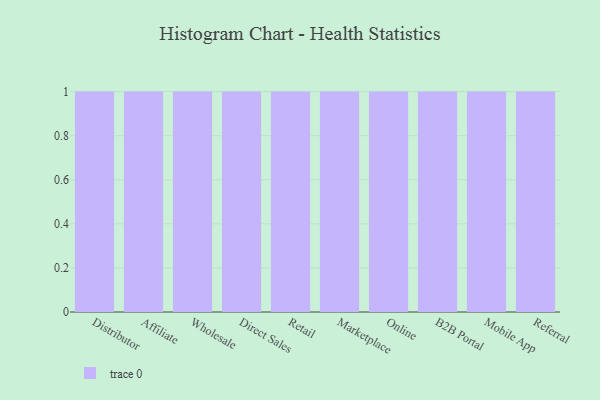
{"axis": {"x": "Channel", "y": "Bounce Rate (%)"}, "legend": [""], "data": [{"x": "Distributor", "y": 52, "type": ""}, {"x": "Affiliate", "y": 38, "type": ""}, {"x": "Wholesale", "y": 60, "type": ""}, {"x": "Direct Sales", "y": 48, "type": ""}, {"x": "Retail", "y": 18, "type": ""}, {"x": "Marketplace", "y": 72, "type": ""}, {"x": "Online", "y": 34, "type": ""}, {"x": "B2B Portal", "y": 34, "type": ""}, {"x": "Mobile App", "y": 63, "type": ""}, {"x": "Referral", "y": 92, "type": ""}]}